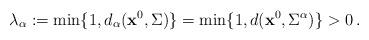
LaTeX: \begin{align*} \lambda_{\alpha}:=\min\{1,d_{\alpha}({\bf x}^0,\Sigma)\}=\min\{1,d({\bf x}^0,\Sigma^{\alpha})\}>0\,. \end{align*}